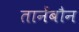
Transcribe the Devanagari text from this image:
तानेंबौन